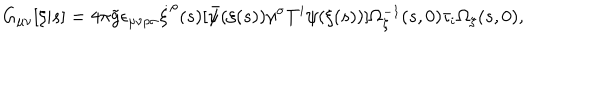
LaTeX: G _ { \mu \nu } [ \xi | s ] = 4 \pi { \tilde { g } } \epsilon _ { \mu \nu \rho \sigma } \dot { \xi } ^ { \rho } ( s ) [ { \bar { \psi } } ( \xi ( s ) ) \gamma ^ { \sigma } T ^ { i } \psi ( \xi ( s ) ) ] \Omega _ { \xi } ^ { - 1 } ( s , 0 ) \tau _ { i } \Omega _ { \xi } ( s , 0 ) ,